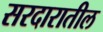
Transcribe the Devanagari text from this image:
सरदारातील